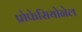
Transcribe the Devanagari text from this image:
प्रोफेसियोनेल